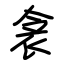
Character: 衾